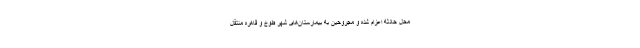
محل حادثه اعزام شده و مجروحین به بیمارستان‌های شهر طوخ و قاهره منتقل